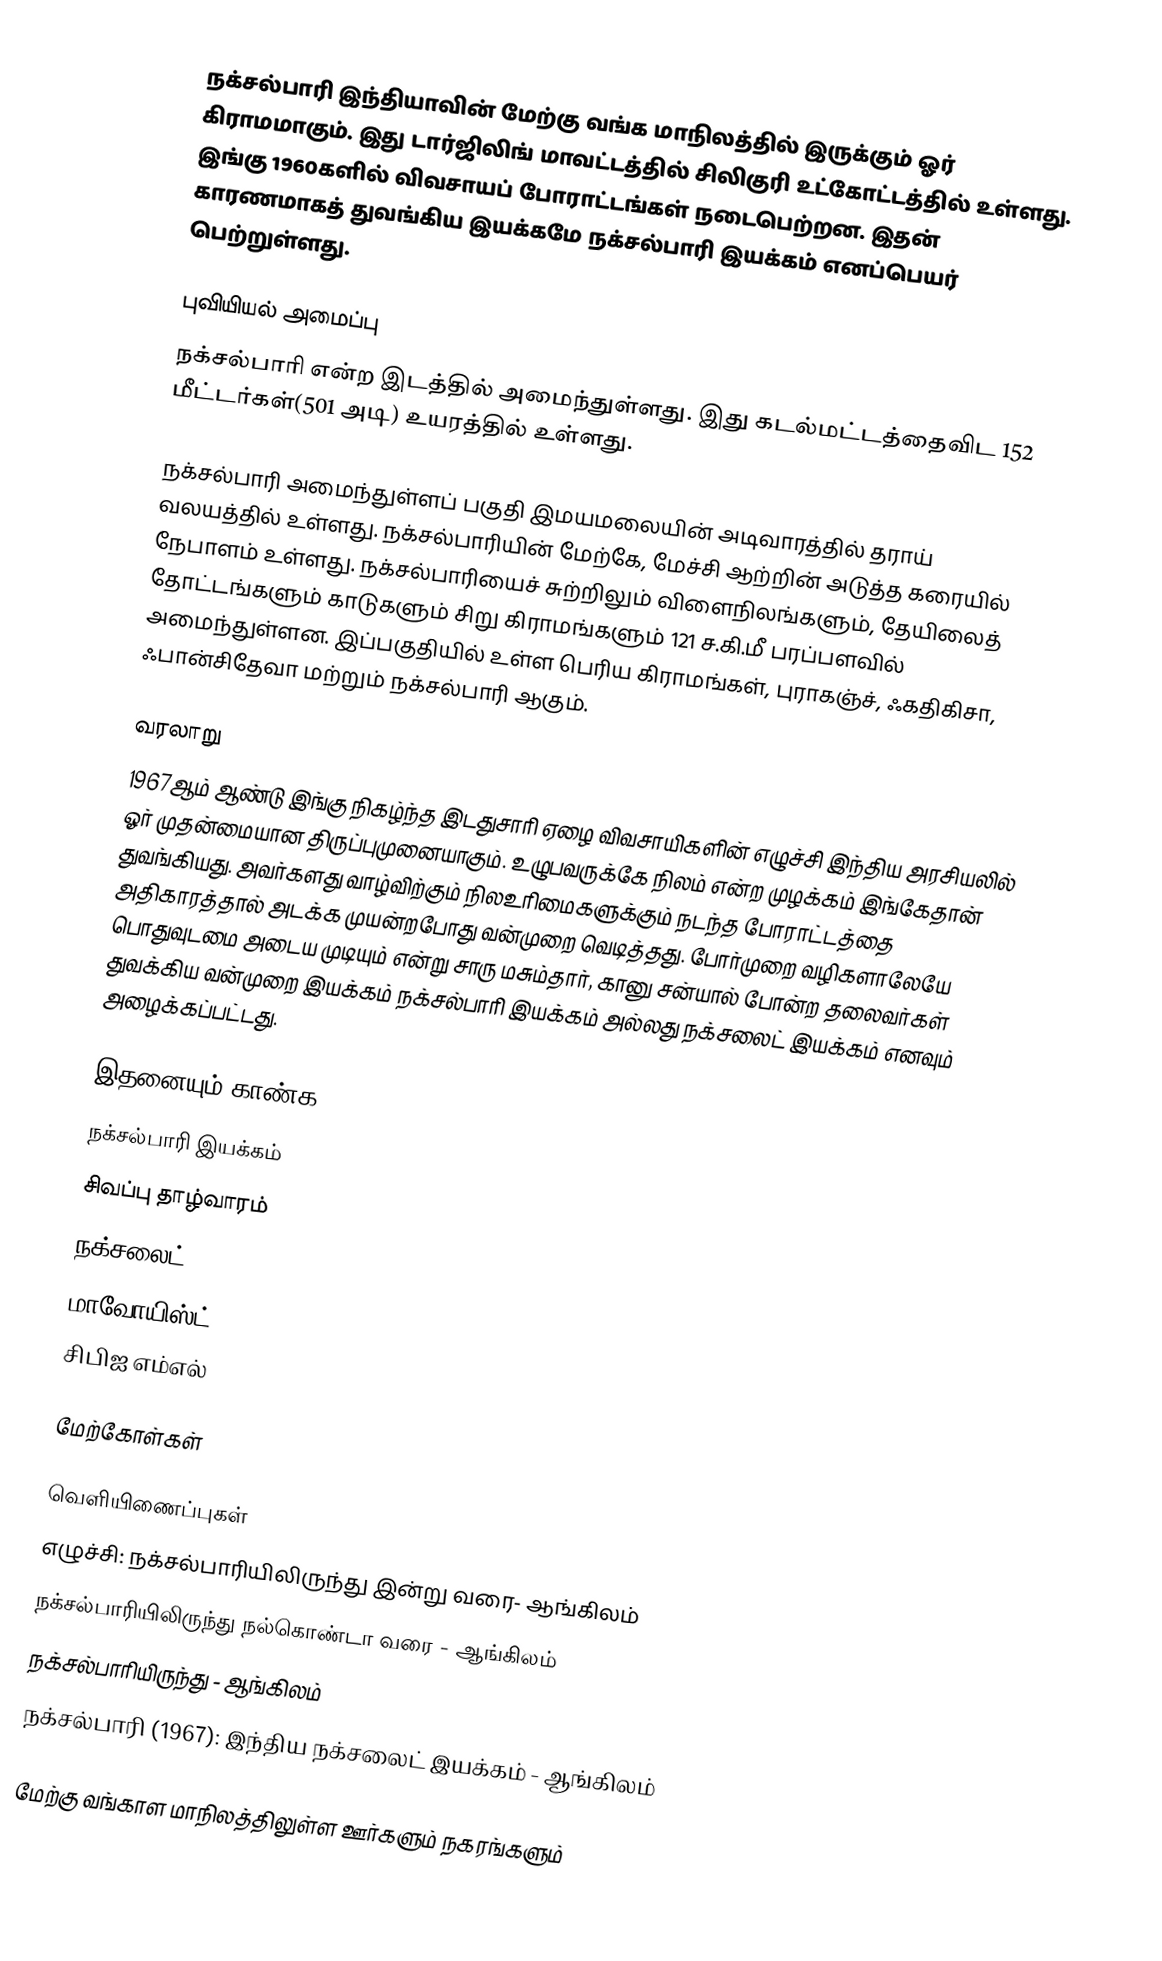
நக்சல்பாரி  இந்தியாவின் மேற்கு வங்க மாநிலத்தில் இருக்கும் ஓர் கிராமமாகும். இது டார்ஜிலிங் மாவட்டத்தில் சிலிகுரி உட்கோட்டத்தில் உள்ளது. இங்கு 1960களில் விவசாயப் போராட்டங்கள் நடைபெற்றன. இதன் காரணமாகத் துவங்கிய இயக்கமே  நக்சல்பாரி இயக்கம் எனப்பெயர் பெற்றுள்ளது.

புவியியல் அமைப்பு
நக்சல்பாரி  என்ற இடத்தில் அமைந்துள்ளது. இது கடல்மட்டத்தைவிட  152 மீட்டர்கள்(501 அடி) உயரத்தில் உள்ளது.

நக்சல்பாரி அமைந்துள்ளப் பகுதி இமயமலையின் அடிவாரத்தில் தராய் வலயத்தில் உள்ளது. நக்சல்பாரியின் மேற்கே, மேச்சி ஆற்றின் அடுத்த கரையில் நேபாளம் உள்ளது. நக்சல்பாரியைச் சுற்றிலும் விளைநிலங்களும், தேயிலைத் தோட்டங்களும் காடுகளும்  சிறு கிராமங்களும் 121 ச.கி.மீ பரப்பளவில் அமைந்துள்ளன. இப்பகுதியில் உள்ள பெரிய கிராமங்கள், புராகஞ்ச், ஃகதிகிசா, ஃபான்சிதேவா மற்றும் நக்சல்பாரி ஆகும்.

வரலாறு
1967ஆம் ஆண்டு இங்கு நிகழ்ந்த இடதுசாரி ஏழை விவசாயிகளின் எழுச்சி இந்திய அரசியலில் ஓர் முதன்மையான திருப்புமுனையாகும். உழுபவருக்கே நிலம் என்ற முழக்கம் இங்கேதான் துவங்கியது. அவர்களது வாழ்விற்கும் நிலஉரிமைகளுக்கும் நடந்த போராட்டத்தை அதிகாரத்தால் அடக்க முயன்றபோது வன்முறை வெடித்தது. போர்முறை வழிகளாலேயே பொதுவுடமை அடைய முடியும் என்று சாரு மசும்தார், கானு சன்யால் போன்ற தலைவர்கள் துவக்கிய வன்முறை இயக்கம் நக்சல்பாரி இயக்கம் அல்லது நக்சலைட் இயக்கம் எனவும் அழைக்கப்பட்டது.

இதனையும் காண்க
 நக்சல்பாரி இயக்கம்
 சிவப்பு தாழ்வாரம்
 நக்சலைட்
 மாவோயிஸ்ட்
 சிபிஐ எம்எல்

மேற்கோள்கள்

வெளியிணைப்புகள்
 எழுச்சி: நக்சல்பாரியிலிருந்து இன்று வரை- ஆங்கிலம்
  நக்சல்பாரியிலிருந்து நல்கொண்டா வரை - ஆங்கிலம்
 நக்சல்பாரியிருந்து - ஆங்கிலம்
 நக்சல்பாரி (1967): இந்திய நக்சலைட் இயக்கம் - ஆங்கிலம்

மேற்கு வங்காள மாநிலத்திலுள்ள ஊர்களும் நகரங்களும்